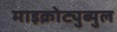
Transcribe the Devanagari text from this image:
माइक्रोट्युब्युल